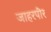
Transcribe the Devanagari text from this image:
जाहरपीर